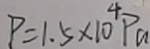
P = 1 . 5 \times 1 0 ^ { 4 } P _ { a }